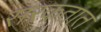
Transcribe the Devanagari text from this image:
सरकतात